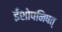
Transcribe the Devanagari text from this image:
ईशोपनिषत्